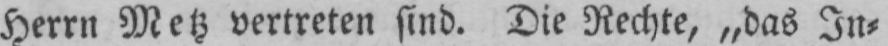
Herrn Metz vertreten sind. Die Rechte, „das In⸗